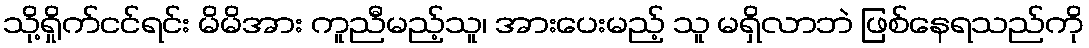
သို့ရှိုက်ငင်ရင်း မိမိအား ကူညီမည့်သူ၊ အားပေးမည့် သူ မရှိလာဘဲ ဖြစ်နေရသည်ကို